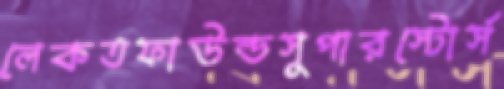
লেকতফাউল্ডসুপারস্টোর্স